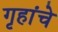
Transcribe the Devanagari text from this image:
गृहांचे